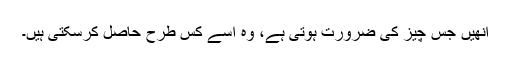
انھیں جس چیز کی ضرورت ہوتی ہے، وہ اسے کس طرح حاصل کرسکتی ہیں۔